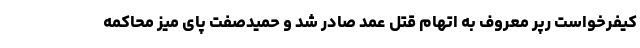
کیفرخواست رپر معروف به اتهام قتل عمد صادر شد و حمیدصفت پای میز محاکمه